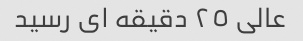
عالى ٢٥ دقیقه اى رسید